画像に写った文字を読んでください
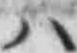
「ハ」と書いてあります